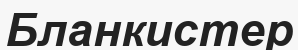
Бланкистер